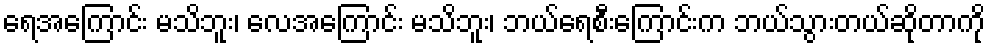
ရေအကြောင်း မသိဘူး၊ လေအကြောင်း မသိဘူး၊ ဘယ်ရေစီးကြောင်းက ဘယ်သွားတယ်ဆိုတာကို